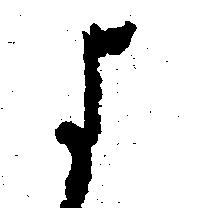
よ